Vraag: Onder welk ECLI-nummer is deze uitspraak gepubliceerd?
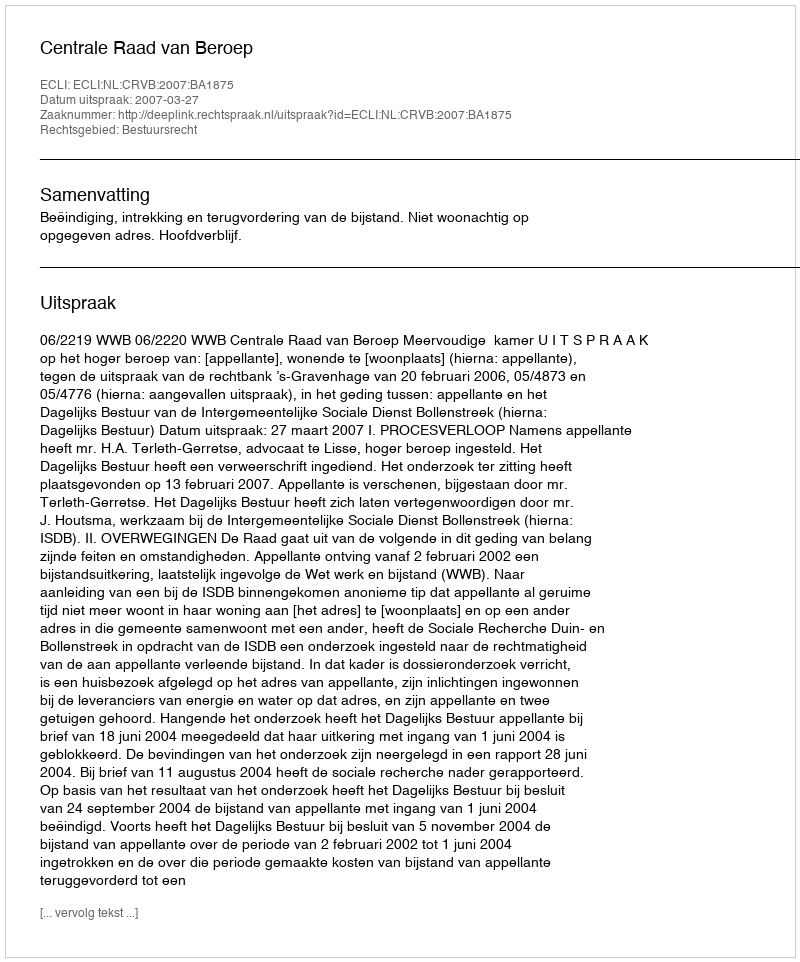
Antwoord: ECLI:NL:CRVB:2007:BA1875